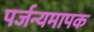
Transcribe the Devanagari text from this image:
पर्जन्यमापक